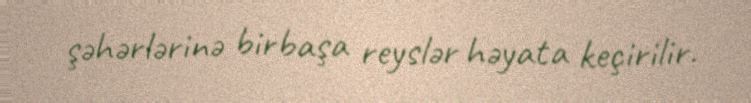
şəhərlərinə birbaşa reyslər həyata keçirilir.